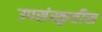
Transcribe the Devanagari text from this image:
उपसंस्कृतीस